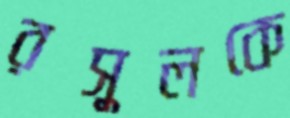
রসুলকে